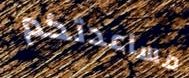
مساعدتكم